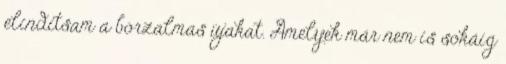
elindítsam a borzalmas újakat. Amelyek már nem is sokáig